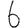
Digit: 6